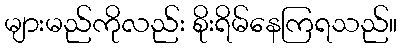
များမည်ကိုလည်း စိုးရိမ်နေကြရသည်။